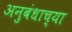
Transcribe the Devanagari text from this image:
अनुबंधाच्या